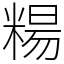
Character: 糃